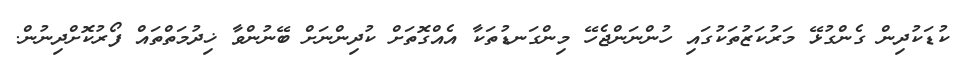
ކުޑަކުދިން ގެންގުޅޭ މަރުކަޒުތަކުގައި ހުންނަންޖެހޭ މިންގަނޑުތަކާ އެއްގޮތަށް ކުދިންނަށް ބޭނުންވާ ޚިދުމަތްތައް ފޯރުކޮށްދިނުން.